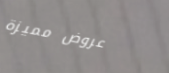
عروض مميزة